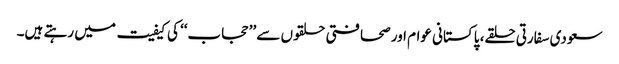
سعودی سفارتی حلقے، پاکستانی عوام اور صحافتی حلقوں سے ’’حجاب‘‘ کی کیفیت میں رہتے ہیں۔